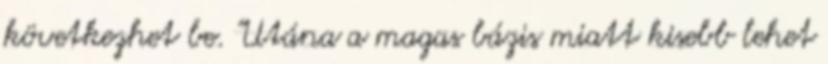
következhet be. "Utána a magas bázis miatt kisebb lehet